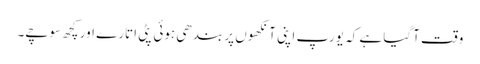
وقت آگیا ہے کہ یورپ اپنی آنکھوں پر بندھی ہوئی پٹی اتارے اور کچھ سوچے۔